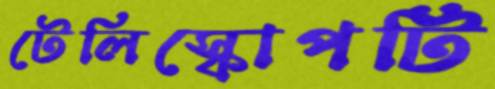
টেলিস্কোপটি